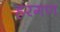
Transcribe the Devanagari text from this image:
हरगण